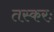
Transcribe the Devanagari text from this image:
तस्करः